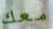
معك